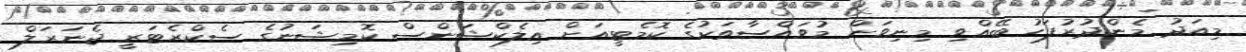
މިއަދު މެންދުރުފަހު ބޭއްވި މިނިވަން މުވައްސާތަކުގެ ކޮމެޓީއަށް އިލެކްޝަންސް ކޮމިޝަނުގެ ސެކްރެޓަރީ ޖެނަރަލް